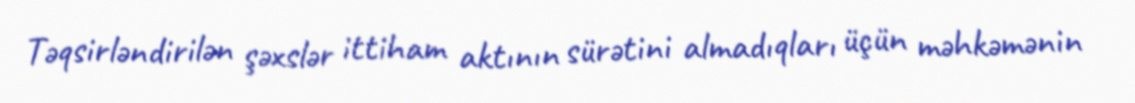
Təqsirləndirilən şəxslər ittiham aktının sürətini almadıqları üçün məhkəmənin